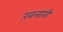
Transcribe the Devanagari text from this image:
ख़त्ताती